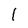
Character: 1